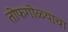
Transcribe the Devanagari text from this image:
तोफगोळ्याचा